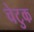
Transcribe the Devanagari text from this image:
चेटुक